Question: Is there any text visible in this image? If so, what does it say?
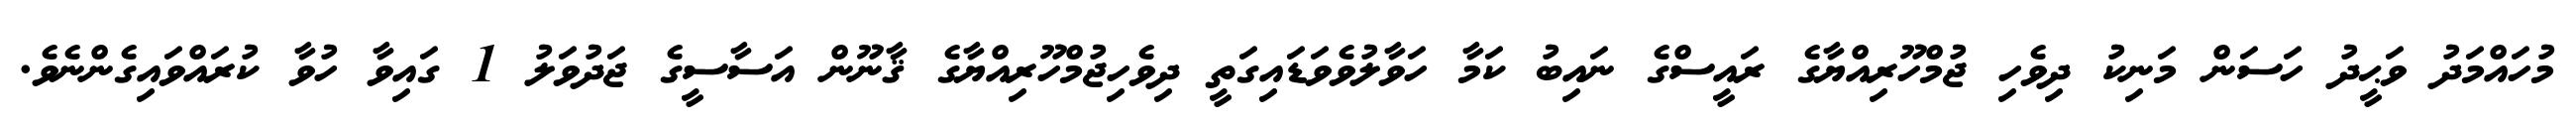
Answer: މުހައްމަދު ވަޙީދު ހަސަން މަނިކު ދިވެހި ޖުމްހޫރިއްޔާގެ ރައީސްގެ ނައިބު ކަމާ ހަވާލުވެވަޑައިގަތީ ދިވެހިޖުމްހޫރިއްޔާގެ ޤާނޫން އަސާސީގެ ޖަދުވަލު 1 ގައިވާ ހުވާ ކުރައްވައިގެންނެވެ.